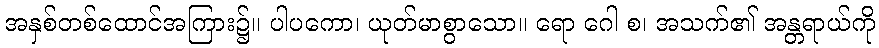
အနှစ်တစ်ထောင်အကြား၌။ ပါပကော၊ ယုတ်မာစွာသော။ ရော ဂေါ စ၊ အသက်၏ အန္တရာယ်ကို